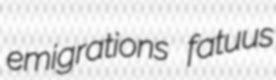
emigrations fatuus